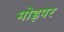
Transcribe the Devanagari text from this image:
मोड़पर